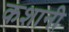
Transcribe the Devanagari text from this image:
कशानी